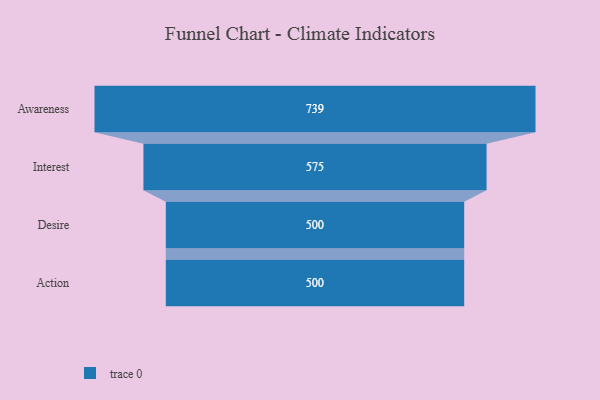
{"axis": {"x": "Stage", "y": "Value"}, "legend": [""], "data": [{"x": "Awareness", "y": 739.0, "type": ""}, {"x": "Interest", "y": 575.0, "type": ""}, {"x": "Desire", "y": 500, "type": ""}, {"x": "Action", "y": 500, "type": ""}]}